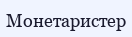
Монетаристер